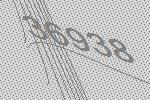
36938